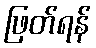
ဖြတ်ရန်